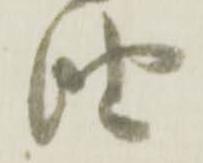
油